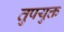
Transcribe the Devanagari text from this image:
तुपयुक्त